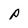
Character: P